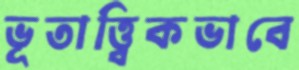
ভূতাত্ত্বিকভাবে